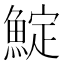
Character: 𩸎